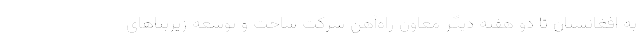
به افغانستان تا دو هفته دیگر معاون راه‌آهن شرکت ساخت و توسعه زیربناهای